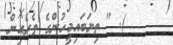
). " ތިޔަބައިމީހުންގެ ތެރެއިން